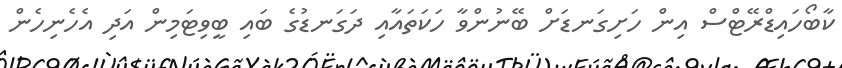
ކާބޯހައިޑްރޭޓްސް އިން ހަށިގަނޑަށް ބޭނުންވާ ހަކަތައާއި ދަގަނޑުގެ ބައިި ބީވިޓަމިން އަދި އެހެނިހެން